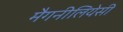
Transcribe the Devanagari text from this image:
मैगनीलियेसी